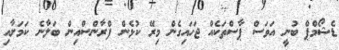
ޑެޝޯމްޕް ބުނީ އަވަސް ޕާސްތަކެއް ޖަހައިގެން މިރޭ ކުޅެން ފްރާންސްއިން ބަލާނެ ކަމަށާއި